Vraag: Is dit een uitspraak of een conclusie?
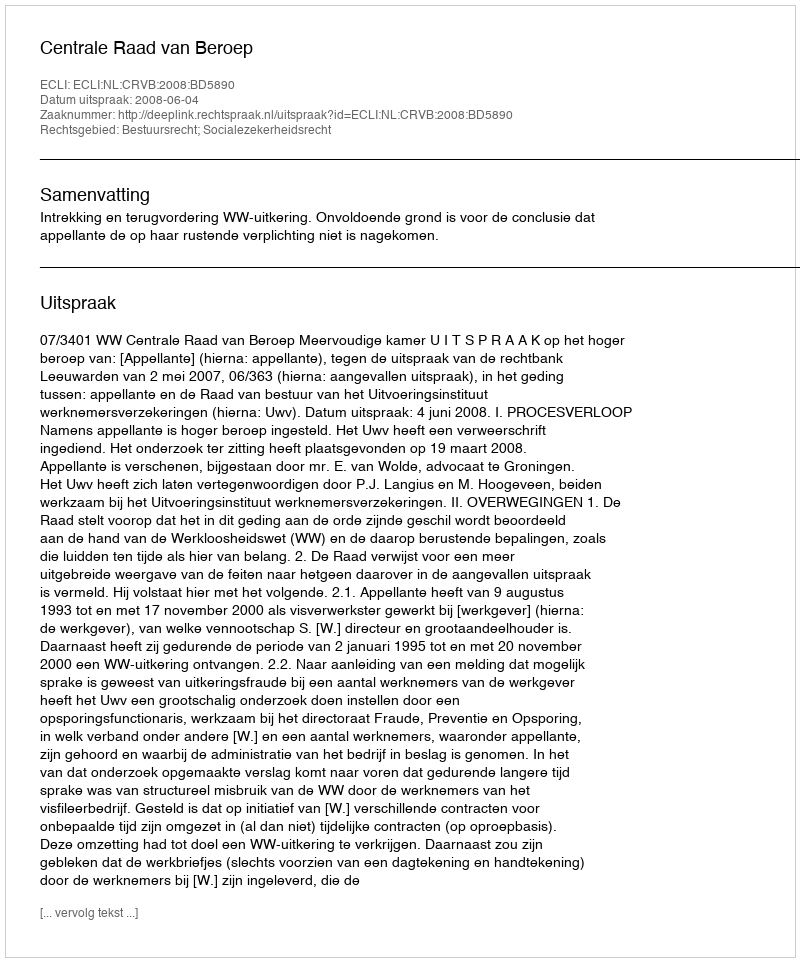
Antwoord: Uitspraak